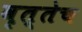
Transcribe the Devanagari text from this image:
वृत्तेच